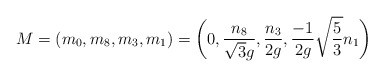
\begin{align*}M = (m_0,m_8,m_3,m_1) = \biggl ( 0, {{n_8}\over {\sqrt{3}g}}, {{n_3}\over {2g}}, {- {1}\over {2g}} \sqrt{5\over 3} n_1 \biggr )\end{align*}